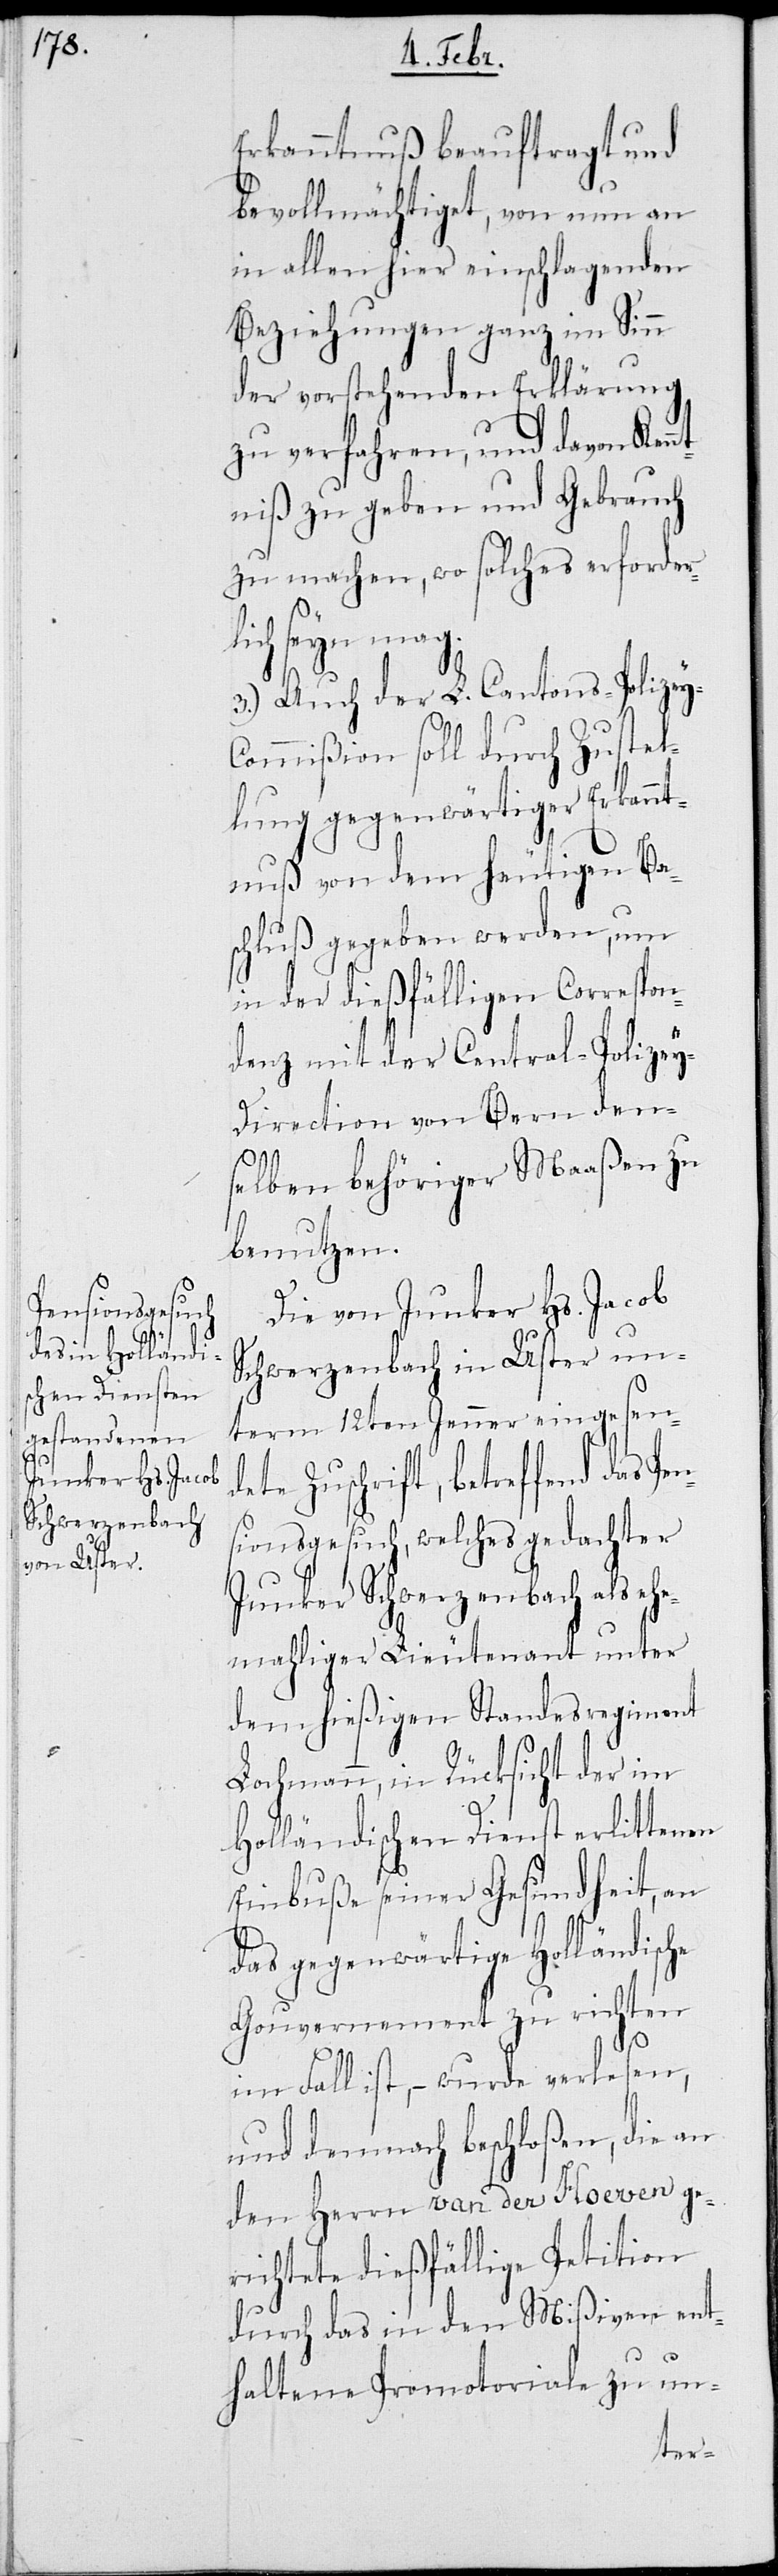
y-C¬

Erkanntnuß beauftragt und
bevollmächtiget, von nun an
in allen hier einschlagenden
Beziehungen ganz im Sinn
der vorstehenden Erklärung
zu verfahren, und davon Kenn¬
tniß zu geben und Gebrauch
zu machen, wo solches erforder¬
lich seyn mag.
3.) Auch der L. Cantons-Polize¬
ommißion soll durch Zustel¬
lung gegenwärtiger Erkannt¬
nuß von dem heutigen Be¬
schluß gegeben werden, um
in der dießfälligen Correspon¬
denz mit der Central-Polizey-D¬
irection von Bern den¬
selben behöriger Maaßen zu
benutzen.
Die von Junker Hs. Jacob
Schwerzenbach in Uster un¬
term 18ten Jenner eingesende¬
te Zuschrift, betreffend das P¬
sionsgesuch, welches gedachter
Junker Schwerzenbach als eh¬
emaliger Lieutenant unter
dem hießigen Standesregiment
Lochmann, in Rücksicht der im
Holländischen Dienst erlittenen
Einbuße seiner Gesundheit, an
das gegenwärtige Holländische
Gouvernement zu richten
im Fall ist, – wurde verlesen,
und demnach beschloßen, die an
den Herrn van der Hoeven ge¬
richtete dießfällige Petition
durch das in den Mißiven ent¬
haltene Promotoriale zu un-
en¬